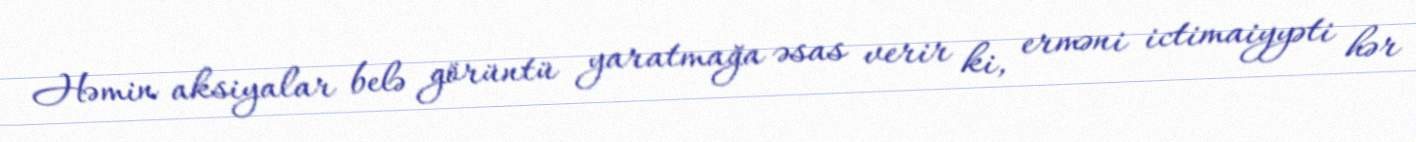
Həmin aksiyalar belə görüntü yaratmağa əsas verir ki, erməni ictimaiyyəti hər